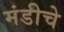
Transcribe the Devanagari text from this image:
मंडीचे